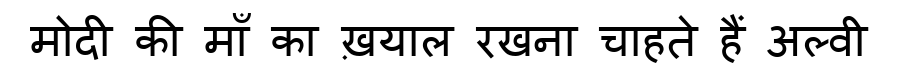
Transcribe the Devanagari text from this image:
मोदी की माँ का ख़याल रखना चाहते हैं अल्वी